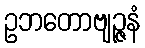
ဥဘတောဗျဉ္ဇနံ